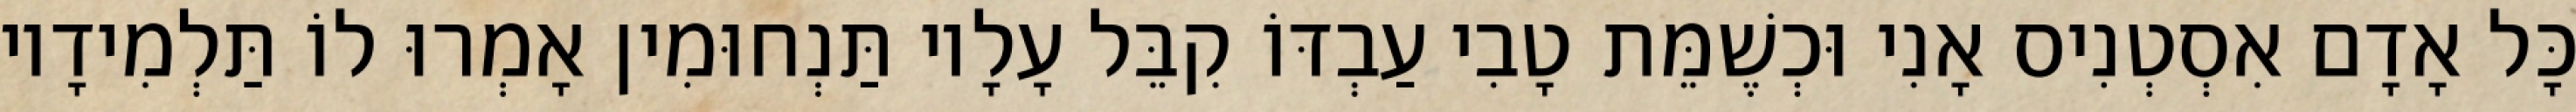
כָּל אָדָם אִסְטְנִיס אָנִי וּכְשֶׁמֵּת טָבִי עַבְדּוֹ קִבֵּל עָלָיו תַּנְחוּמִין אָמְרוּ לוֹ תַּלְמִידָיו